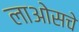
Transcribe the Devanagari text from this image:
लाओसचे